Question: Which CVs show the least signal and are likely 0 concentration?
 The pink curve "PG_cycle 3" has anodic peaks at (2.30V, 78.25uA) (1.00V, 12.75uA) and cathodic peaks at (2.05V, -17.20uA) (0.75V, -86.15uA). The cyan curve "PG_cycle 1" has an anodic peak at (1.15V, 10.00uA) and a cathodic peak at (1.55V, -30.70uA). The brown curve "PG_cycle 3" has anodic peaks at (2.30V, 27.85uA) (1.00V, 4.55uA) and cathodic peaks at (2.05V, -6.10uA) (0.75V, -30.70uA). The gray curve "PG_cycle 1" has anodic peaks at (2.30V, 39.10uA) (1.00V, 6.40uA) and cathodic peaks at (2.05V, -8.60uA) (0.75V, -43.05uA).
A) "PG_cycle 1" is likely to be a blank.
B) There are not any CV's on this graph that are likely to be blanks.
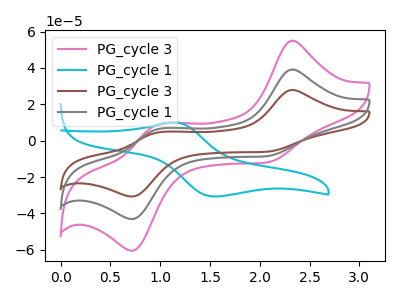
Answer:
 <answer>B) There are not any CV's on this graph that are likely to be blanks.</answer>
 <eval>B</eval>